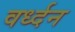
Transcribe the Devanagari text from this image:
वर्ध्दन